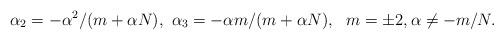
LaTeX: \begin{align*}\alpha_{2}=-\alpha ^2 /(m+\alpha N),~\alpha_{3}=-\alpha m/(m+\alpha N),~~m=\pm 2, \alpha\neq -m/N.\end{align*}